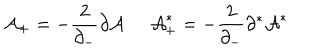
{ \cal A } _ { + } = - \frac { 2 } { \partial _ { - } } \partial { \cal A } \; \; { \cal A } _ { + } ^ { * } = - \frac { 2 } { \partial _ { - } } \partial ^ { * } { \cal A } ^ { * }